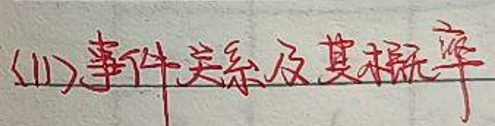
(11) 事件关系及其概率